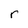
Character: r